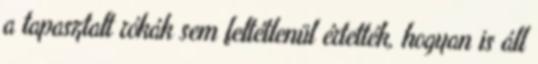
a tapasztalt rókák sem feltétlenül értették, hogyan is áll